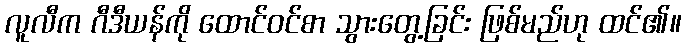
လူလီက ဂီဒီယန်ကို ထောင်ဝင်စာ သွားတွေ့ခြင်း ဖြစ်မည်ဟု ထင်၏။